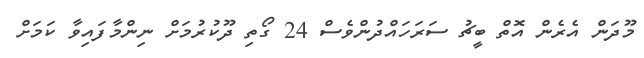
މޫދަން އެރެން އޮތް ބީޗު ސަރަހައްދުންވެސް 24 ގޯތި ދޫކުރުމަށް ނިންމާފައިވާ ކަމަށް